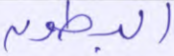
البطون